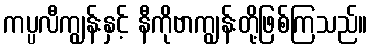
ကပ္ပလီကျွန်းနှင့် နီကိုဗာကျွန်းတို့ဖြစ်ကြသည်။